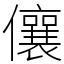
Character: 儴